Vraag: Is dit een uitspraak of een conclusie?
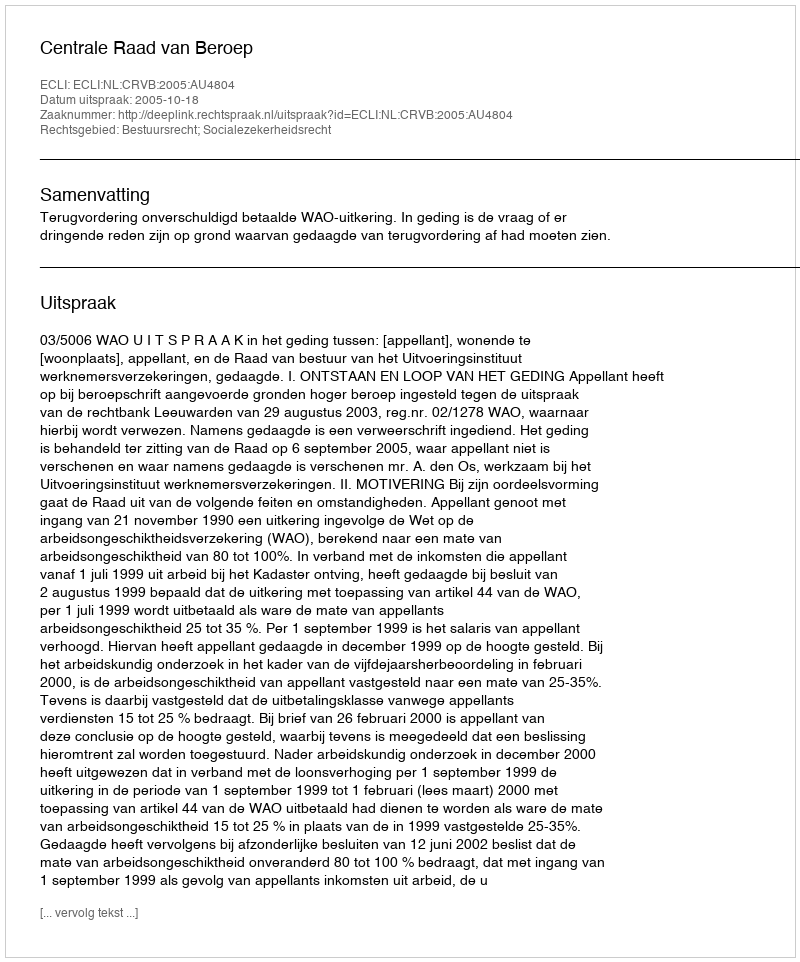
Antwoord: Uitspraak